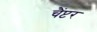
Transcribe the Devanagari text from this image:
चैंप्टर